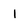
Character: I